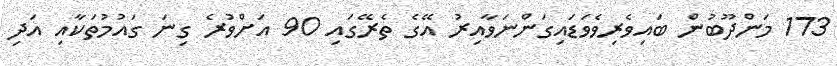
173 މަންދޫބުން ބައިވެރިވެވަޑައިގަންނަވާއިރު އޭގެ ތެރޭގައި 90 އަށްވުރެ ގިނަ ގައުމުތަކާއި އަދި